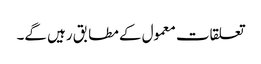
تعلقات معمول کے مطابق رہیں گے۔